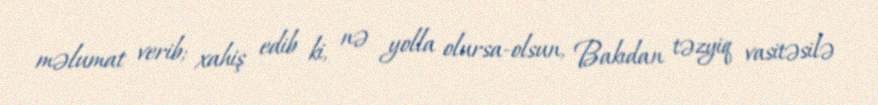
məlumat verib; xahiş edib ki, nə yolla olursa-olsun, Bakıdan təzyiq vasitəsilə